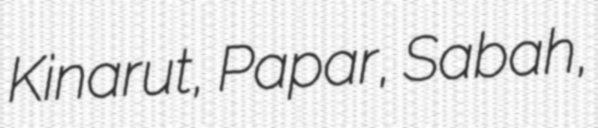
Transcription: Kinarut, Papar, Sabah,